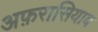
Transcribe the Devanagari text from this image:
अफ़रासियाब